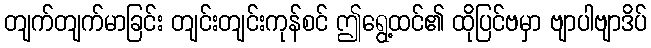
တျက်တျက်မာခြင်း တျင်းတျင်းကုန်စင် ဤရွေ့ထင်၏ ထိုပြင်ဗမှာ ဗျာပါဗျာဒိပ်